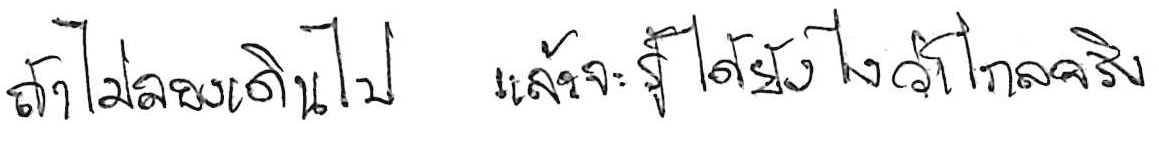
ถ้าไม่ลองเดินไป แล้วจะรู้ได้ยังไงว่าไกลจริง